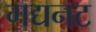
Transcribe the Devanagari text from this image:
गद्यनट